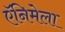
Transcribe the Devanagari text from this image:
ऍनिमेला